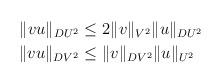
LaTeX: \begin{align*} \Vert v u \Vert_{DU^2} \le &\ 2 \Vert v \Vert_{V^2} \Vert u \Vert_{DU^2} \\ \Vert vu \Vert_{DV^2} \le & \ \Vert v \Vert_{DV^2} \Vert u \Vert_{U^2} \end{align*}